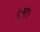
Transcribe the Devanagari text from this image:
टुमो।